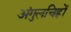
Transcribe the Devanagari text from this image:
अंगुलचिह्नों